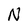
Character: N